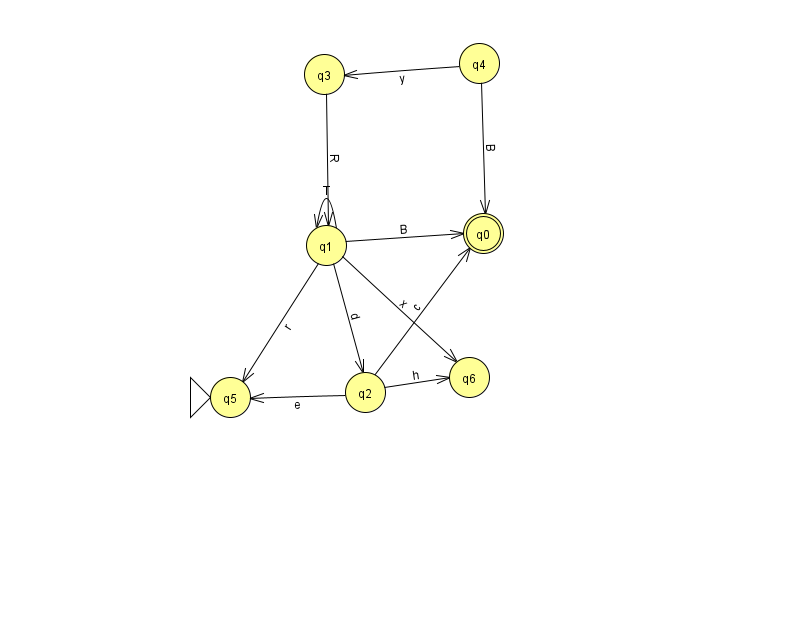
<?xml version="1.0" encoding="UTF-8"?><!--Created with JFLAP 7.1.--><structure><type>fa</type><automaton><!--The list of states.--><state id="0" name="q0"><x>483.0</x><y>220.0</y><final/></state><state id="1" name="q1"><x>326.0</x><y>232.0</y></state><state id="2" name="q2"><x>365.0</x><y>379.0</y></state><state id="3" name="q3"><x>324.0</x><y>61.0</y></state><state id="4" name="q4"><x>479.0</x><y>50.0</y></state><state id="5" name="q5"><x>230.0</x><y>384.0</y><initial/></state><state id="6" name="q6"><x>469.0</x><y>364.0</y></state><!--The list of transitions.--><transition><from>1</from><to>0</to><read>B</read></transition><transition><from>4</from><to>0</to><read>B</read></transition><transition><from>2</from><to>0</to><read>c</read></transition><transition><from>1</from><to>1</to><read>T</read></transition><transition><from>1</from><to>2</to><read>d</read></transition><transition><from>3</from><to>1</to><read>R</read></transition><transition><from>1</from><to>6</to><read>x</read></transition><transition><from>2</from><to>6</to><read>h</read></transition><transition><from>1</from><to>5</to><read>r</read></transition><transition><from>2</from><to>5</to><read>e</read></transition><transition><from>4</from><to>3</to><read>y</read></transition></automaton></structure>